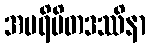
အပရိမိတဒဿိနာ